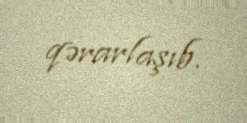
qərarlaşıb.